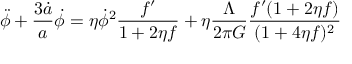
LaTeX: \ddot { \phi } + \frac { 3 \dot { a } } { a } \dot { \phi } = \eta \dot { \phi } ^ { 2 } \frac { f ^ { \prime } } { 1 + 2 \eta f } + \eta \frac { \Lambda } { 2 \pi G } \frac { f ^ { \prime } ( 1 + 2 \eta f ) } { ( 1 + 4 \eta f ) ^ { 2 } }